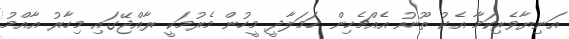
އަނިޔާވެރިކަމާ އެކު ތޫނު އެއްޗެހިން ހަމަލާދީ މީހުން މެރުމަކީ ރާއްޖޭގައި މިހާރު އާއްމު